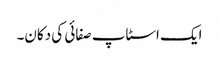
ایک اسٹاپ صفائی کی دکان۔